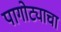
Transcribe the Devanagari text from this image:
पागोट्याचा